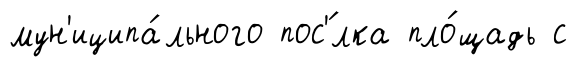
мун'иципа́льного пос'́лка пло́щадь с